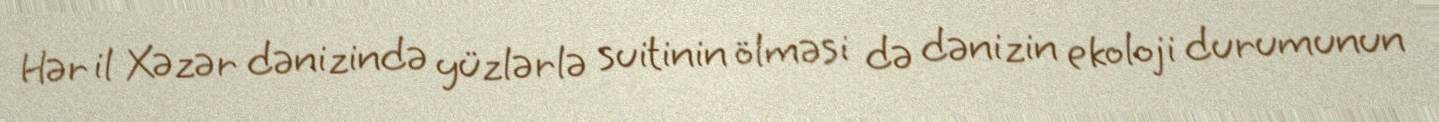
Hər il Xəzər dənizində yüzlərlə suitinin ölməsi də dənizin ekoloji durumunun